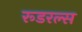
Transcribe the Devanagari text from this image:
रूडरल्स